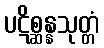
ပဋိစ္ဆန္နသုတ္တံ